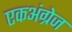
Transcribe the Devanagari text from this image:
एकअंग्रेज